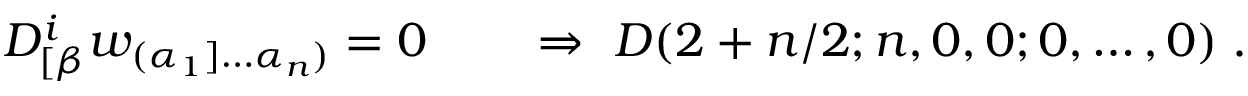
D _ { [ \beta } ^ { i } w _ { ( \alpha _ { 1 } ] \ldots \alpha _ { n } ) } = 0 \qquad \Rightarrow \ { \cal D } ( 2 + n / 2 ; n , 0 , 0 ; 0 , \ldots , 0 ) \; .